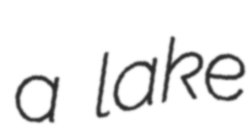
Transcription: a lake